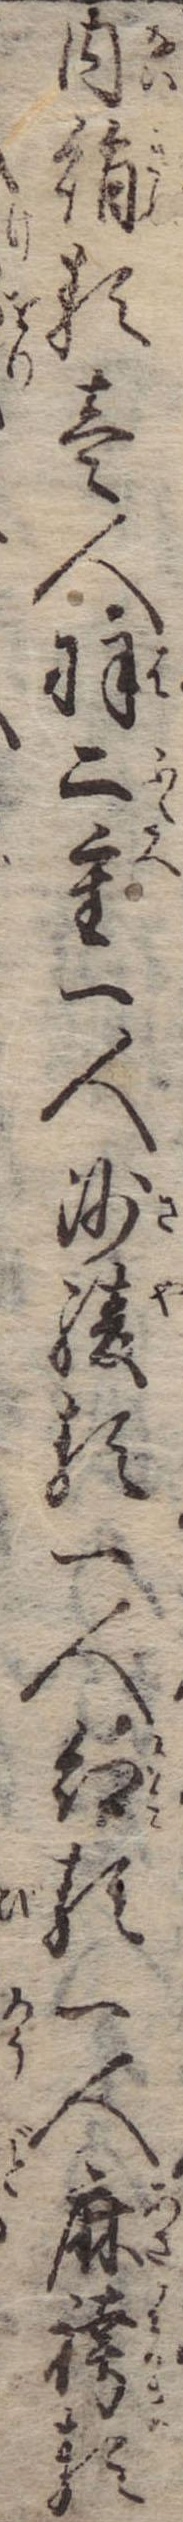
内絹類壱人羽二重一人沙綾類一人紅類一人麻袴類